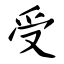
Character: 受